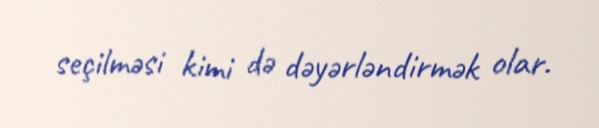
seçilməsi kimi də dəyərləndirmək olar.